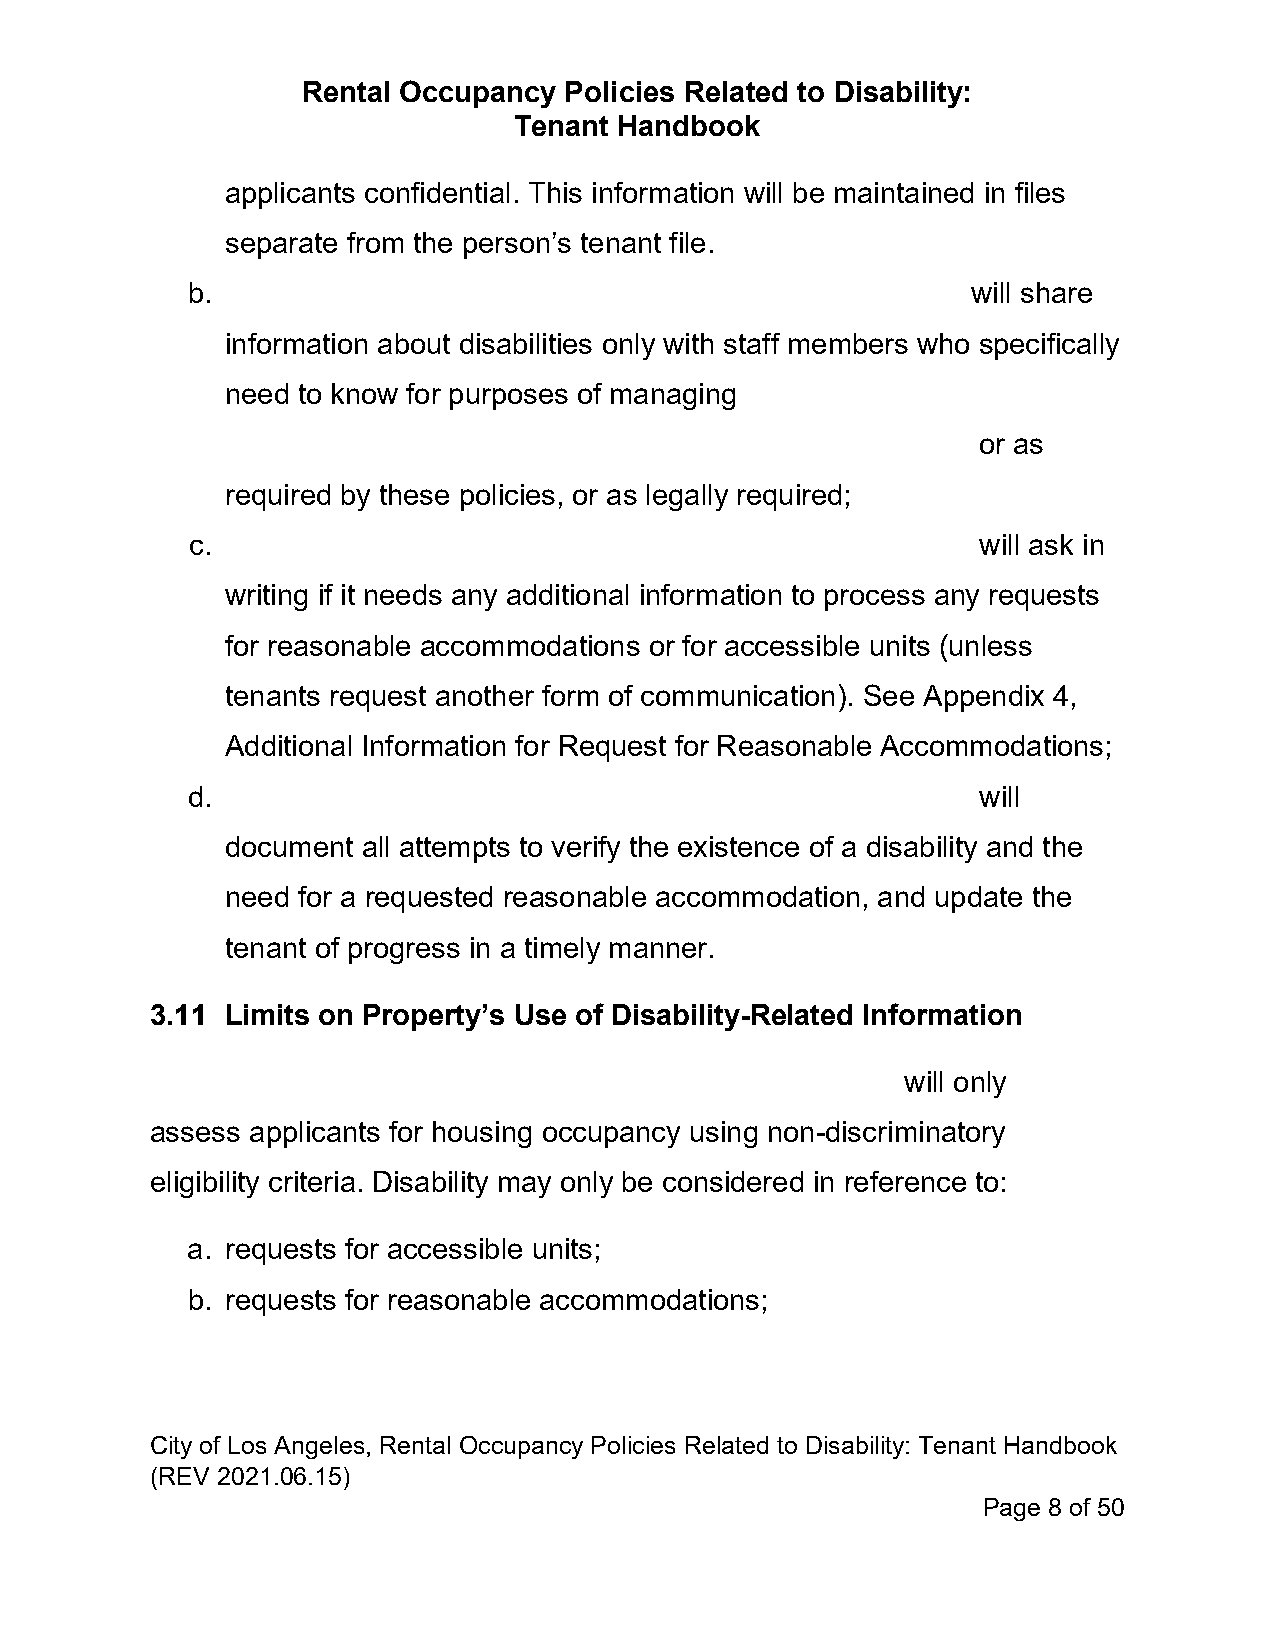
Rental Occupancy Policies Related to Disability:
 Tenant Handbook
 applicants confidential. This information will be maintained in files
 separate from the person’s tenant file.
 b.                                                  will share
 information about disabilities only with staff members who specifically
 need to know for purposes of managing
 or as
 required by these policies, or as legally required;
 c.                                                  will ask in
 writing if it needs any additional information to process any requests
 for reasonable accommodations or for accessible units (unless
 tenants request another form of communication). See Appendix 4,
 Additional Information for Request for Reasonable Accommodations;
 d.                                                   will
 document all attempts to verify the existence of a disability and the
 need for a requested reasonable accommodation, and update the
 tenant of progress in a timely manner.
 3.11 Limits on Property’s Use of Disability-Related Information
 will only
 assess applicants for housing occupancy using non-discriminatory
 eligibility criteria. Disability may only be considered in reference to:
 a. requests for accessible units;
 b. requests for reasonable accommodations;
 City of Los Angeles, Rental Occupancy Policies Related to Disability: Tenant Handbook
 (REV 2021.06.15)
 Page 8 of 50